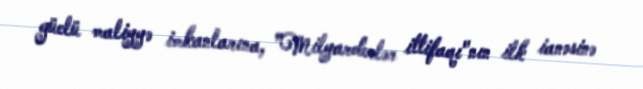
güclü maliyyə imkanlarına, ”Milyarderlər ittifaqı"nın ilk ianəsinə